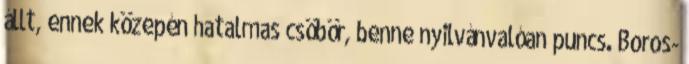
állt, ennek közepén hatalmas csöbör, benne nyilvánvalóan puncs. Boros-